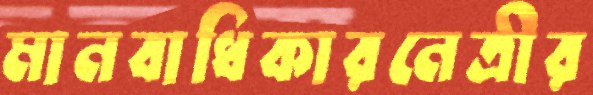
মানবাধিকারনেত্রীর